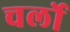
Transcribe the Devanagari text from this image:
चर्लो